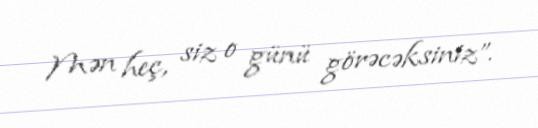
Mən heç, siz o günü görəcəksiniz”.